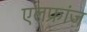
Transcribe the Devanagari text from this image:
एलफ्रांज